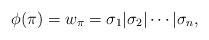
LaTeX: \begin{align*}\phi(\pi) = w_\pi = \sigma_1 | \sigma_2 | \cdots | \sigma_{n},\end{align*}